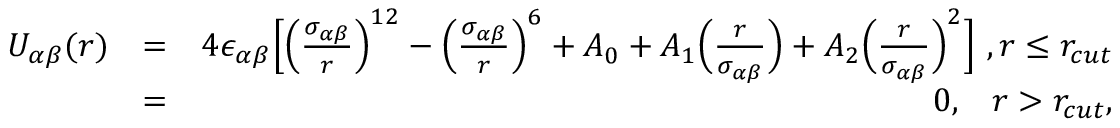
\begin{array} { r l r } { U _ { \alpha \beta } ( r ) } & { = } & { 4 \epsilon _ { \alpha \beta } \Big [ \Big ( \frac { \sigma _ { \alpha \beta } } { r } \Big ) ^ { 1 2 } - \Big ( \frac { \sigma _ { \alpha \beta } } { r } \Big ) ^ { 6 } + A _ { 0 } + A _ { 1 } \Big ( \frac { r } { \sigma _ { \alpha \beta } } \Big ) + A _ { 2 } \Big ( \frac { r } { \sigma _ { \alpha \beta } } \Big ) ^ { 2 } \Big ] \ , r \le r _ { c u t } } \\ & { = } & { 0 , \, ~ ~ { r \textgreater r _ { c u t } } , } \end{array}